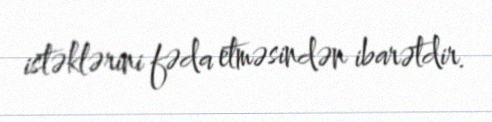
istəklərini fəda etməsindən ibarətdir.